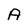
Character: A